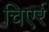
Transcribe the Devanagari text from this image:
चिएर्र